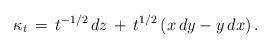
LaTeX: \begin{align*}\kappa_t \,=\, t^{-1/2}\,dz \,+\, t^{1/2} \left(x \, dy - y \, dx\right).\end{align*}